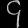
Digit: ၄